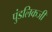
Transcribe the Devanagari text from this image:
पुंडलिकजी